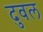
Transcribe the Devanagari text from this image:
दुवल